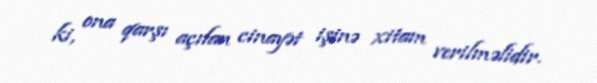
ki, ona qarşı açılan cinayət işinə xitam verilməlidir.